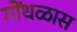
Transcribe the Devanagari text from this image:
गोंधळास